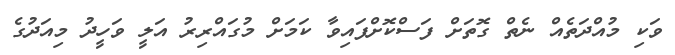
ވަކި މުއްދަތެއް ނެތް ގޮތަށް ފަސްކޮށްފައިވާ ކަމަށް މުގައްރިރު އަލީ ވަހީދު މިއަދުގެ